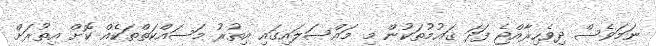
ނަމަވެސް ދިވެހިރާއްޖެ ފަދަ ޤައުމުތަކުން މި މައްސަލައިގައި އިތުރު މަސައްކަތްތަކެއް ކޮށް އިތުރަށް